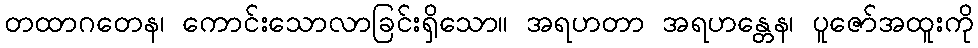
တထာဂတေန၊ ကောင်းသောလာခြင်းရှိသော။ အရဟတာ အရဟန္တေန၊ ပူဇော်အထူးကို